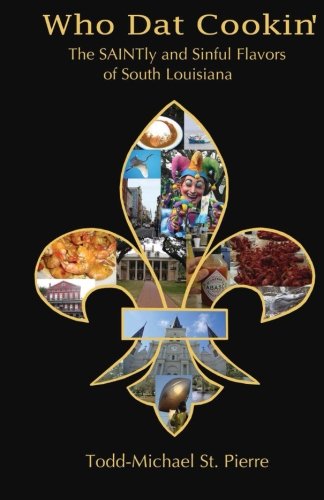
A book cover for Who Dat Cookin': The SAINTly and Sinful Flavors of South Louisiana; Todd-Michael St. Pierre; Cookbooks, Food & Wine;